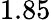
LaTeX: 1.85